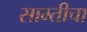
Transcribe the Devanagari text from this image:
साम्तीचा